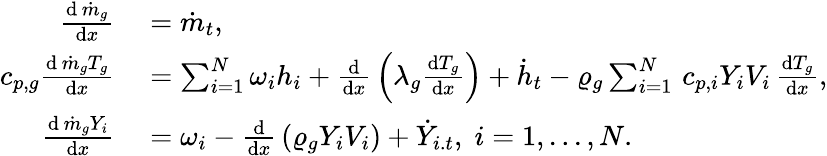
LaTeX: \begin{array}{rl}{\frac{\mathrm{d}\, \dot{m}_{g}}{\mathrm{d}x}}&{{}=\dot{m}_{t},}\\ {c_{p,g}\frac{\mathrm{d}\, \dot{m}_{g}T_{g}}{\mathrm{d}x}}&{{}=\sum_{i=1}^{N}\omega_{i}h_{i}+\frac{\mathrm{d}}{\mathrm{d}x}\, \left(\lambda_{g}\frac{\mathrm{d}T_{g}}{\mathrm{d}x}\right)+\dot{h}_{t}-\varrho_{g}\sum_{i=1}^{N}\, c_{p,i}Y_{i}V_{i}\, \frac{\mathrm{d}T_{g}}{\mathrm{d}x},}\\ {\frac{\mathrm{d}\, \dot{m}_{g}Y_{i}}{\mathrm{d}x}}&{{}=\omega_{i}-\frac{\mathrm{d}}{\mathrm{d}x}\, \left(\varrho_{g}Y_{i}V_{i}\right)+\dot{Y}_{i.t},\; i=1,...,N.}\end{array}